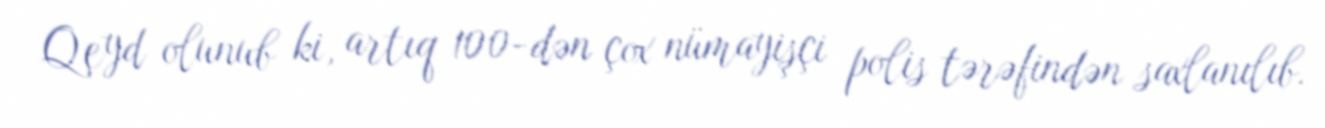
Qeyd olunub ki, artıq 100-dən çox nümayişçi polis tərəfindən saxlanılıb.